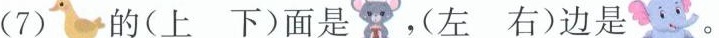
(7) 的(上 下)面是 ，(左 右)边是 。